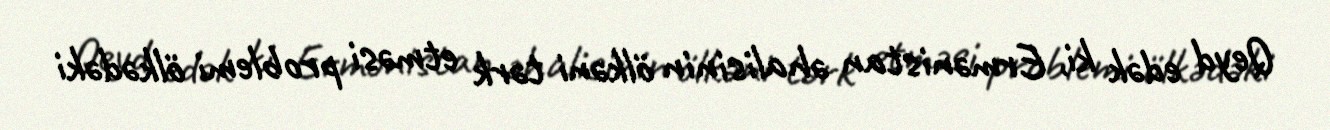
Qeyd edək ki, Ermənistan əhalisinin ölkəni tərk etməsi problemi ölkədəki